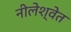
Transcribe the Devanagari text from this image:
नीलेश्वेत